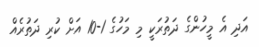
އަދި އެ މީހުންގެ ދަތުރަކީ މި މަހުގެ 1-10 އަށް ކުރި ދަތުރެއް